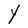
Character: Y